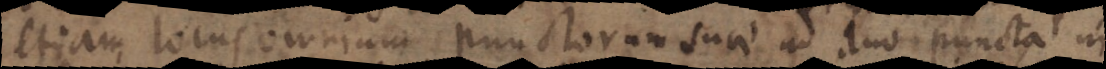
etiam locus omnium punctorum suae ad duo puncta in